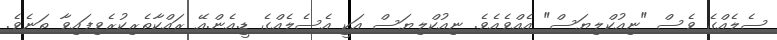
ސެލެއްގެ ވެސް "ނިއުކްލިޔަސް" އެއްވެއެވެ. ނިއުކްލިޔަސް އަކީ އެސެލެއްގެ ޑީ.އެން.އޭ ރައްކާތެރިކުރެވިފައިވާ ތަނެވެ.